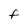
Character: f